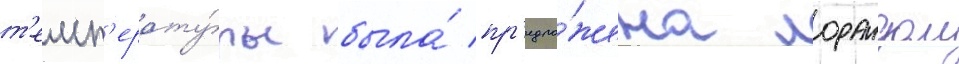
т'емп'ерату́ры была́ пр'едло́жена лорандом